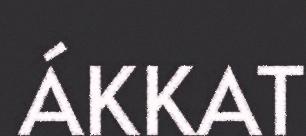
ÁKKAT